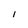
Character: I